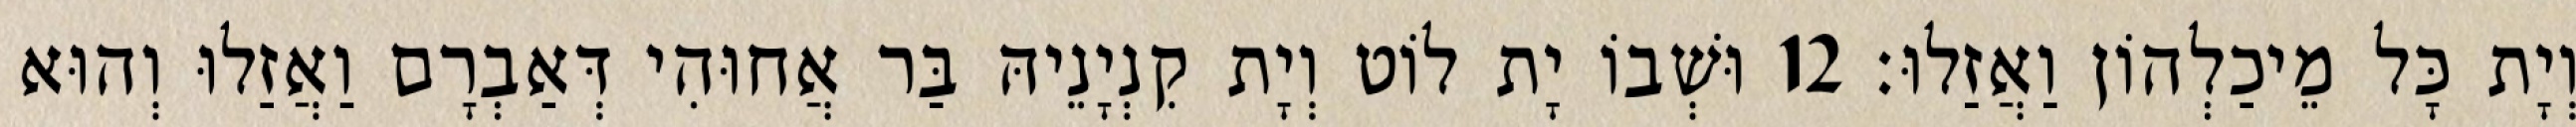
וְיָת כָּל מֵיכַלְהוֹן וַאֲזַלוּ׃ 12 וּשְׁבוֹ יָת לוֹט וְיָת קִנְיָנֵיהּ בַּר אֲחוּהִי דְּאַבְרָם וַאֲזַלוּ וְהוּא